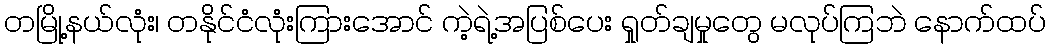
တမြို့နယ်လုံး၊ တနိုင်ငံလုံးကြားအောင် ကဲ့ရဲ့အပြစ်ပေး ရှုတ်ချမှုတွေ မလုပ်ကြဘဲ နောက်ထပ်